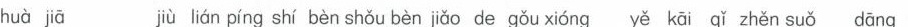
huà ji\bar{a} jiù lián píng shí bèn shǒu bèn jiǎo de gǒu xióng yě kāi qǐ zhěn suǒ dāng